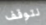
نتوقف